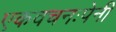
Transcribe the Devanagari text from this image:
एकवचनःपेनी